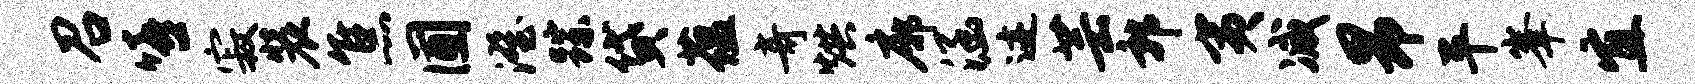
召嘻寂装焦圃澄踪贷蕴奇烘廓涵迹芸郭夷减昂平峰宜